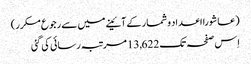
(عاشورا اعداد و شمار کے آئینے میں سے رجوع مکرر)
اِس صفحہ تک 13,622 مرتبہ رسائی کی گئی